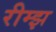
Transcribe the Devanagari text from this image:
रीम्झ